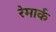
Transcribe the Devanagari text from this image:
रेमार्क